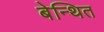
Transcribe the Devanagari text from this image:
बेन्थित